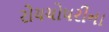
રોયચોધરીના